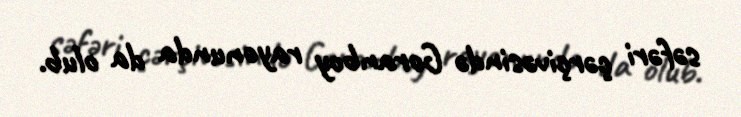
səfəri çərçivəsində Goranboy rayonunda da olub.